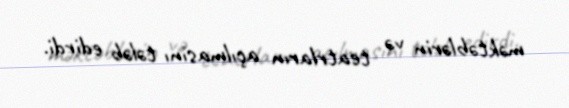
məktəblərin və teatrların açılmasını tələb edirdi.